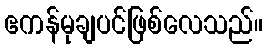
ဧကန်မုချပင်ဖြစ်လေသည်။